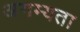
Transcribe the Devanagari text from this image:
अगम्यता